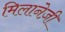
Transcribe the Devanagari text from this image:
मिलानेज़ी